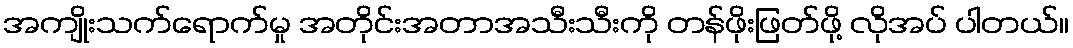
အကျိုးသက်ရောက်မှု အတိုင်းအတာအသီးသီးကို တန်ဖိုးဖြတ်ဖို့ လိုအပ် ပါတယ်။